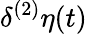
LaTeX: \delta^{(2)}\eta(t)